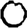
Digit: 0